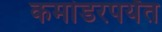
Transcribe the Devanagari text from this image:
कमांडरपर्यंत